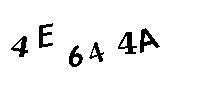
4E644A